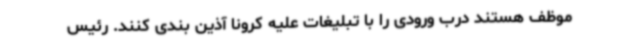
موظف هستند درب ورودی را با تبلیغات علیه کرونا آذین بندی کنند. رئیس